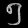
Digit: ၅